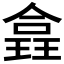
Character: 𪼉